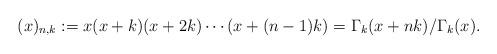
LaTeX: \begin{align*}(x)_{n,k} := x(x + k)(x + 2k)\cdots (x + (n-1)k) = \Gamma_k(x + nk)/\Gamma_k(x).\end{align*}